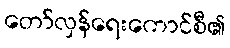
တော်လှန်ရေးကောင်စီ၏